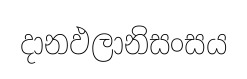
දානඵලානිසංසය